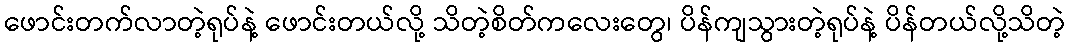
ဖောင်းတက်လာတဲ့ရုပ်နဲ့ ဖောင်းတယ်လို့ သိတဲ့စိတ်ကလေးတွေ၊ ပိန်ကျသွားတဲ့ရုပ်နဲ့ ပိန်တယ်လို့သိတဲ့